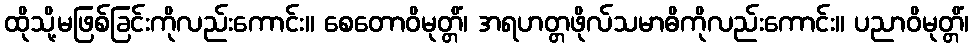
ထိုသို့မဖြစ်ခြင်းကိုလည်းကောင်း။ စေတောဝိမုတ္တိံ၊ အရဟတ္တဖိုလ်သမာဓိကိုလည်းကောင်း။ ပညာဝိမုတ္တိံ၊